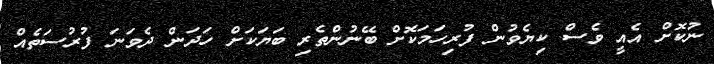
ނުކޮށް އެއީ ވެސް ކިޔެވުން ފުރިހަމަކޮށް ބޭނުންތެރި ބަޔަކަށް ހަދަން ދެވަނަ ފުރުސަތެއް